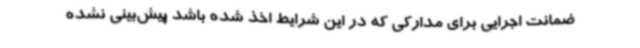
ضمانت اجرایی برای مدارکی که در این شرایط اخذ شده باشد پیش‌بینی نشده